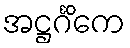
အဋ္ဌင်္ဂိကေ